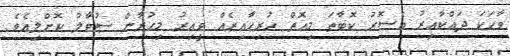
ވާހަކަ ދައްކާއިރު އެސޮރު ކޮބާތަ މިއޮތް ހުރިހާއިރެއް ވީއިރު މިހުރާން ސުވާލު ކޮށްލިއެވެ.